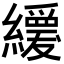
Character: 𦇌